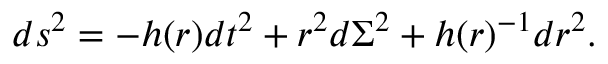
d s ^ { 2 } = - h ( r ) d t ^ { 2 } + r ^ { 2 } d \Sigma ^ { 2 } + h ( r ) ^ { - 1 } d r ^ { 2 } .